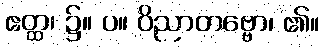
ဧတ္ထ၊ ၌။ ပ။ ဝိညာတဗ္ဗော၊ ၏။